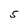
Character: 5